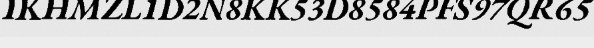
IKHMZL1D2N8KK53D8584PFS97QR65